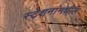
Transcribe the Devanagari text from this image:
स्टेशनांमधील